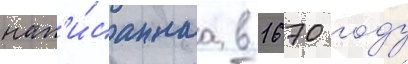
нап'и́саннаа в 1670 году